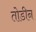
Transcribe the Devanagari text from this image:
तोडीन